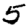
Digit: 5